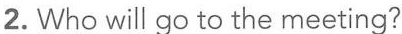
2. Who will go to the meeting?